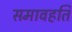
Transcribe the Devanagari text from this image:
समावहति